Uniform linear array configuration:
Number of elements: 4
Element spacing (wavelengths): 0.5
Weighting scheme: kaiser
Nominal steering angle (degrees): -15
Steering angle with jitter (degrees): -15.362
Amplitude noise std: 0.05
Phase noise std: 0.05

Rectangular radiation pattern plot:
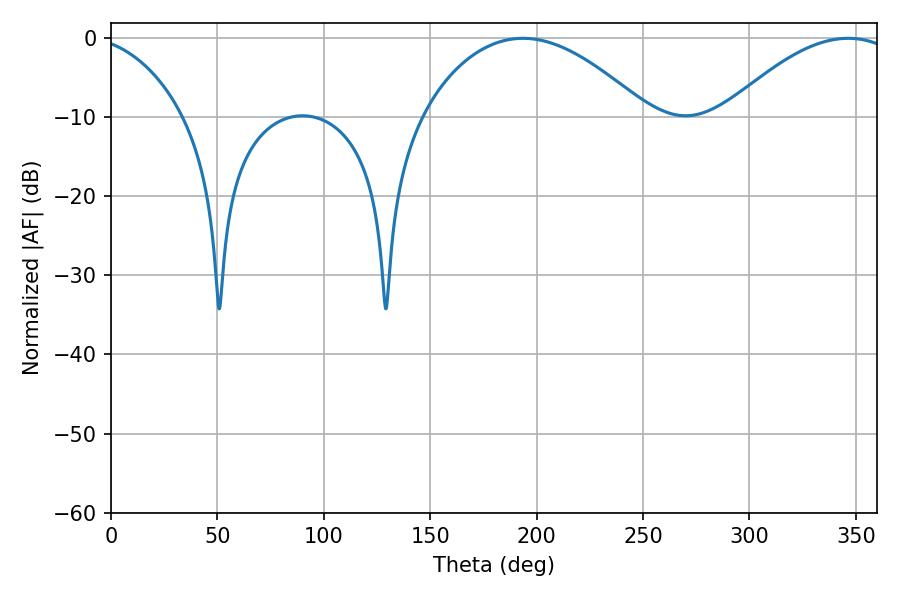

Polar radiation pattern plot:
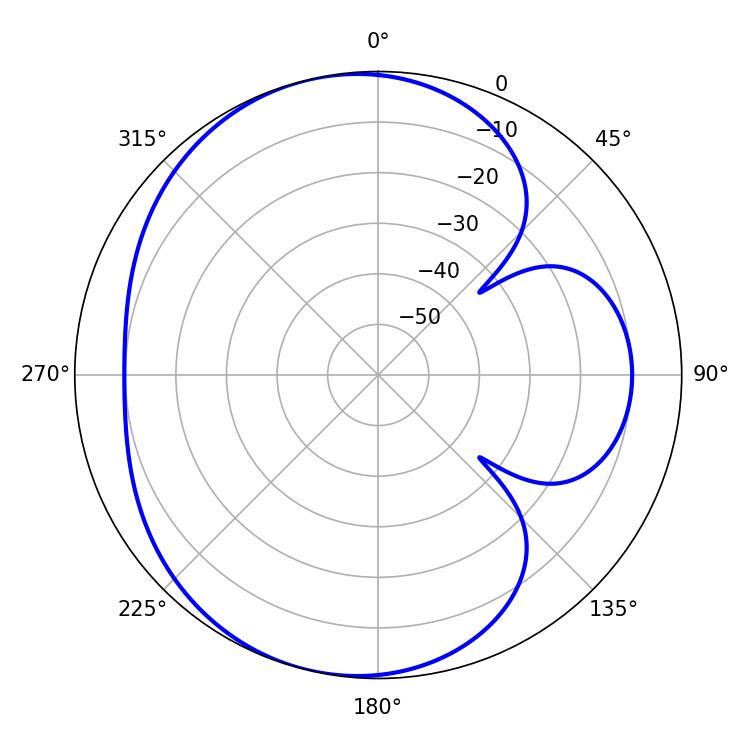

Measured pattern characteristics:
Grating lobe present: FALSE
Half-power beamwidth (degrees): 58.86
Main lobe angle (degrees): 193.5